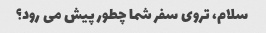
سلام، تروی سفر شما چطور پیش می رود؟